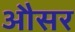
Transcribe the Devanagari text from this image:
औसर